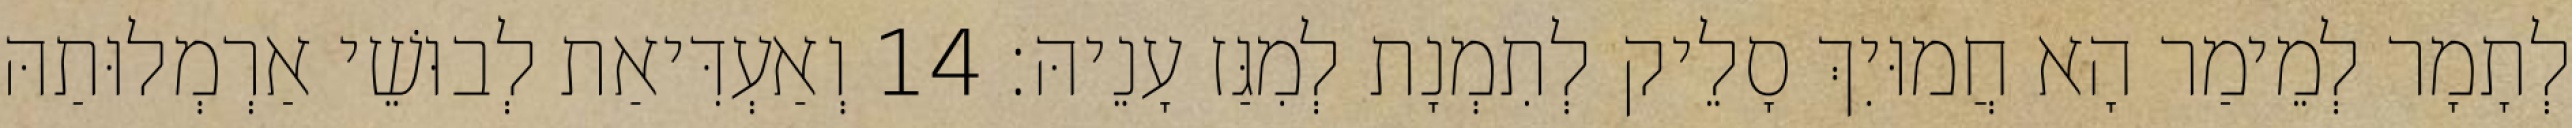
לְתָמָר לְמֵימַר הָא חֲמוּיִךְ סָלֵיק לְתִמְנָת לְמִגַּז עָנֵיהּ׃ 14 וְאַעְדִּיאַת לְבוּשֵׁי אַרְמְלוּתַהּ